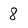
Character: 8